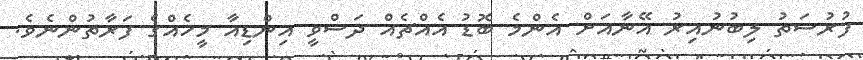
ފުރުސަތު ލިބުނުއިރު އޭނާއަށް އެންމެ ބޮޑު އެއްޗެއް ދަސްވީ އިންޑިއާ މީހެއްގެ ފަރާތުންނެވެ.